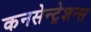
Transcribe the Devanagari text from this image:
कनसेन्ट्रेशन्स